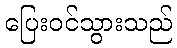
ပြေးဝင်သွားသည်